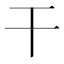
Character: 干